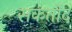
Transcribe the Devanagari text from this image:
सकर्तोंद